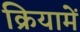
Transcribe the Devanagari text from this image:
क्रियामें